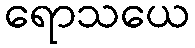
ရောသယေ